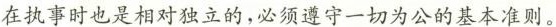
在执事时也是相对独立的，必须遵守一切为公的基本准则。